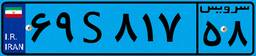
۲۴S۳۷۴۶۴